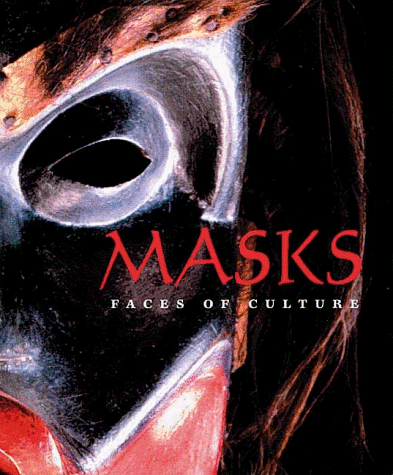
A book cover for Masks: Faces of Culture; John W. Nunley; Crafts, Hobbies & Home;